Report on horse surra - Volume II, Part I
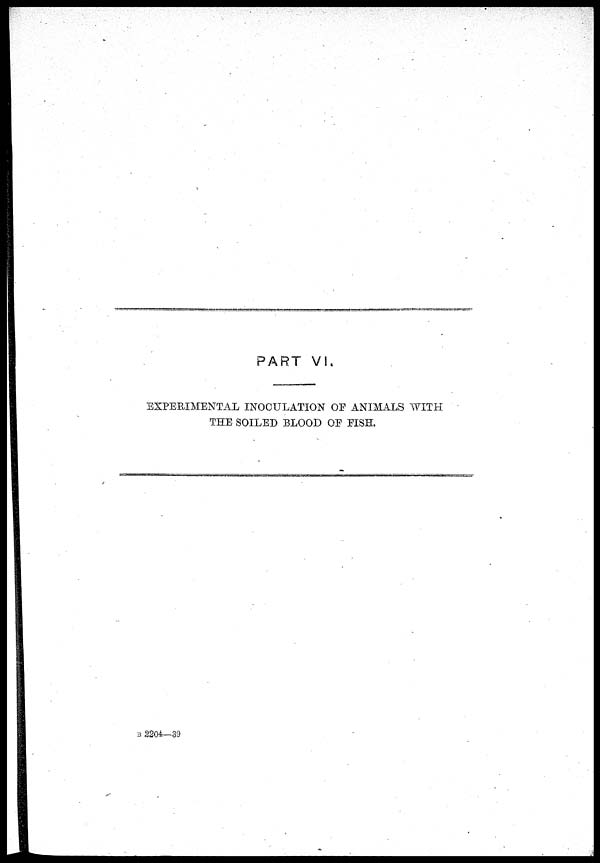
PART VI.
EXPERIMENTAL INOCULATION OF ANIMALS WITH
THE SOILED BLOOD OF FISH.
B 2204—39